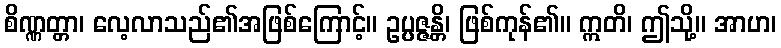
စိဏ္ဏတ္တာ၊ လေ့လာသည်၏အဖြစ်ကြောင့်။ ဥပ္ပဇ္ဇန္တိ၊ ဖြစ်ကုန်၏။ ဣတိ၊ ဤသို့။ အာဟ၊